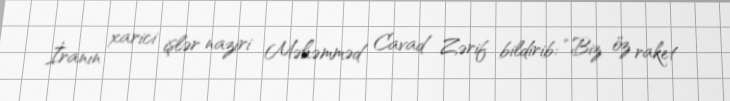
İranın xarici işlər naziri Məhəmməd Cavad Zərif bildirib: “Biz öz raket